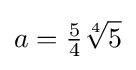
a={\tfrac {5}{4}}{\sqrt[{4}]{5}}